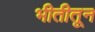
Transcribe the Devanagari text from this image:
भीतीतून